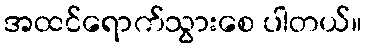
အထင်ရောက်သွားစေ ပါတယ်။